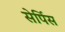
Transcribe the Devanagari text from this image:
सेर्पिस